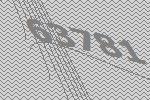
63781